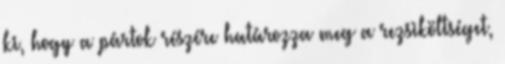
ki, hogy a pártok részére határozza meg a rezsiköltséget,